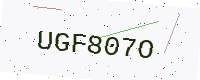
Text: UGF807O